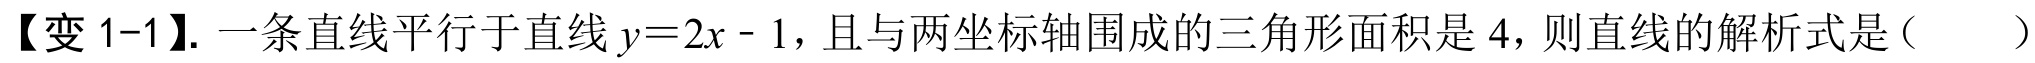
【变 1-1】. 一条直线平行于直线\(y = 2x - 1\)，且与两坐标轴围成的三角形面积是\(4\)，则直线的解析式是（  ）